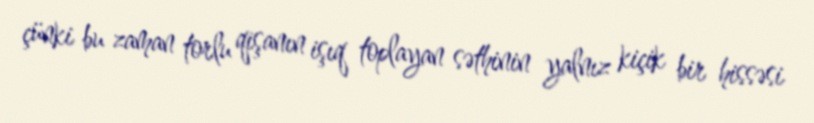
çünki bu zaman torlu qişanın işıq toplayan səthinin yalnız kiçik bir hissəsi